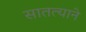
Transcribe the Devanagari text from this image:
सातत्‍याने